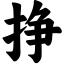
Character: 挣